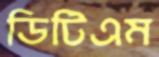
ডিটিএম